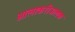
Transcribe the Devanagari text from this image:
आलाकरीअलक